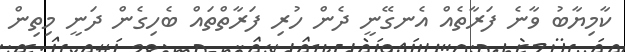
ކާމިޔާބު ވާނެ ފަރާތެއް އެނގޭނީ ދެން ހުރި ފަރާތްތައް ބެހިގެން ދަނީ މިތިން